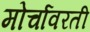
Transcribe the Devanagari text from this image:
मोर्चावरती